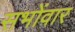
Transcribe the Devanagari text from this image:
सभोंवार